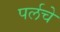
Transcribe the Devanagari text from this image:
पर्लचे